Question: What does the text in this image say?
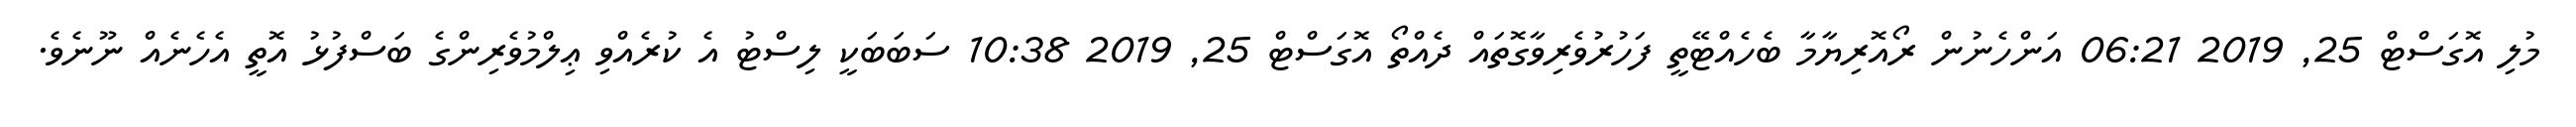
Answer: މުލި އޮގަސްޓް 25, 2019 06:21 އަންހެނުން ރޯއޮރިޔާމާ ބެހެއްޓޭތީ ފަހުރުވެރިވާގޮތައް ދެއްތޯ އޮގަސްޓް 25, 2019 10:38 ސަބަބަކީ ލިސްޓު އެ ކުރެއްވި ޢިލްމުވެރިންގެ ބަސްފުޅު އޮތީ އެހެނެއް ނޫނެވެ.